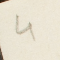
4